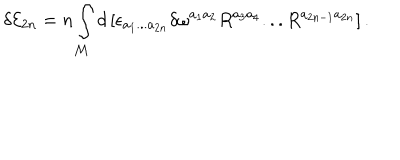
\delta { \cal E } _ { 2 n } = n \int _ { { \cal M } } d \left[ \epsilon _ { a _ { 1 } . . . a _ { 2 n } } \delta \omega ^ { a _ { 1 } a _ { 2 } } R ^ { a _ { 3 } a _ { 4 } } . . . R ^ { a _ { 2 n - 1 } a _ { 2 n } } \right] .